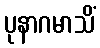
ပုနာဂမာသိံ